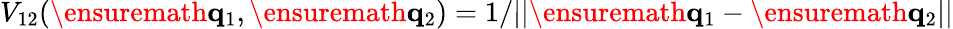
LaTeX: V_{12}(\ensuremath{\mathbf{q}}_{1},\ensuremath{\mathbf{q}}_{2})=1/||\ensuremath{\mathbf{q}}_{1}-\ensuremath{\mathbf{q}}_{2}||